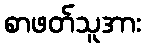
စာဖတ်သူအား